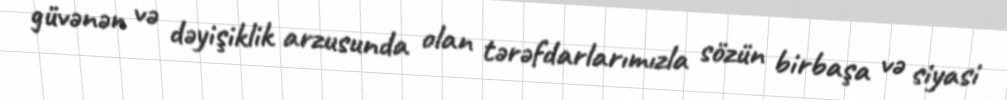
güvənən və dəyişiklik arzusunda olan tərəfdarlarımızla sözün birbaşa və siyasi